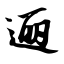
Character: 逦